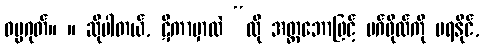
ဓမ္မဂုတ်။ ။ ဆိုပါတယ်, ဋီကာမှာလဲ “ထို အတ္တဘောဖြင့် မဂ်ဖိုလ်ကို မရနိုင်,